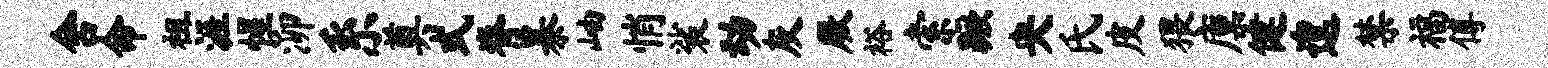
舍命祖涯惺泖系奠式脊暴岫悄裟动灰厥裕索蹶央氏皮猥廪健遑禁福傅